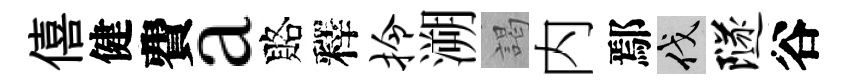
僖健費a賂釋拎溯謁内鄢伐隧谷